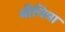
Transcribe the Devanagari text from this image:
श्रीचित्रा